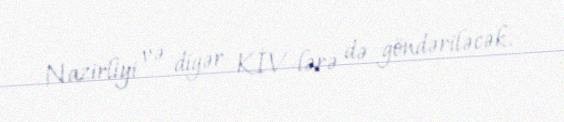
Nazirliyi və digər KİV-lərə də göndəriləcək.